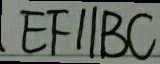
E F / / B C